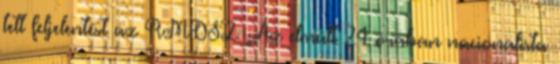
tett feljelentést az RMDSZ „Az elmúlt 24 órában nacionalista